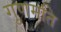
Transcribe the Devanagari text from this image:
गुणमति